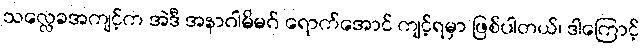
သလ္လေခအကျင့်က အဲဒီ အနာဂါမိမဂ် ရောက်အောင် ကျင့်ရမှာ ဖြစ်ပါတယ်၊ ဒါကြောင့်